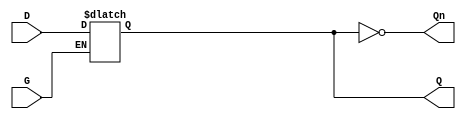
module async_gated_latch (
    input wire D,    // Data input
    input wire G,    // Gate control signal
    output reg Q,    // Output
    output wire Qn   // Inverted output
);

    // Inverted output of Q
    assign Qn = ~Q;

    // Always block to model the behavior of the latch
    always @(*) begin
        if (G) begin
            Q = D;  // Capture the value of D when G is high
        end
        // When G is low, Q retains its previous value (no assignment)
    end

endmodule